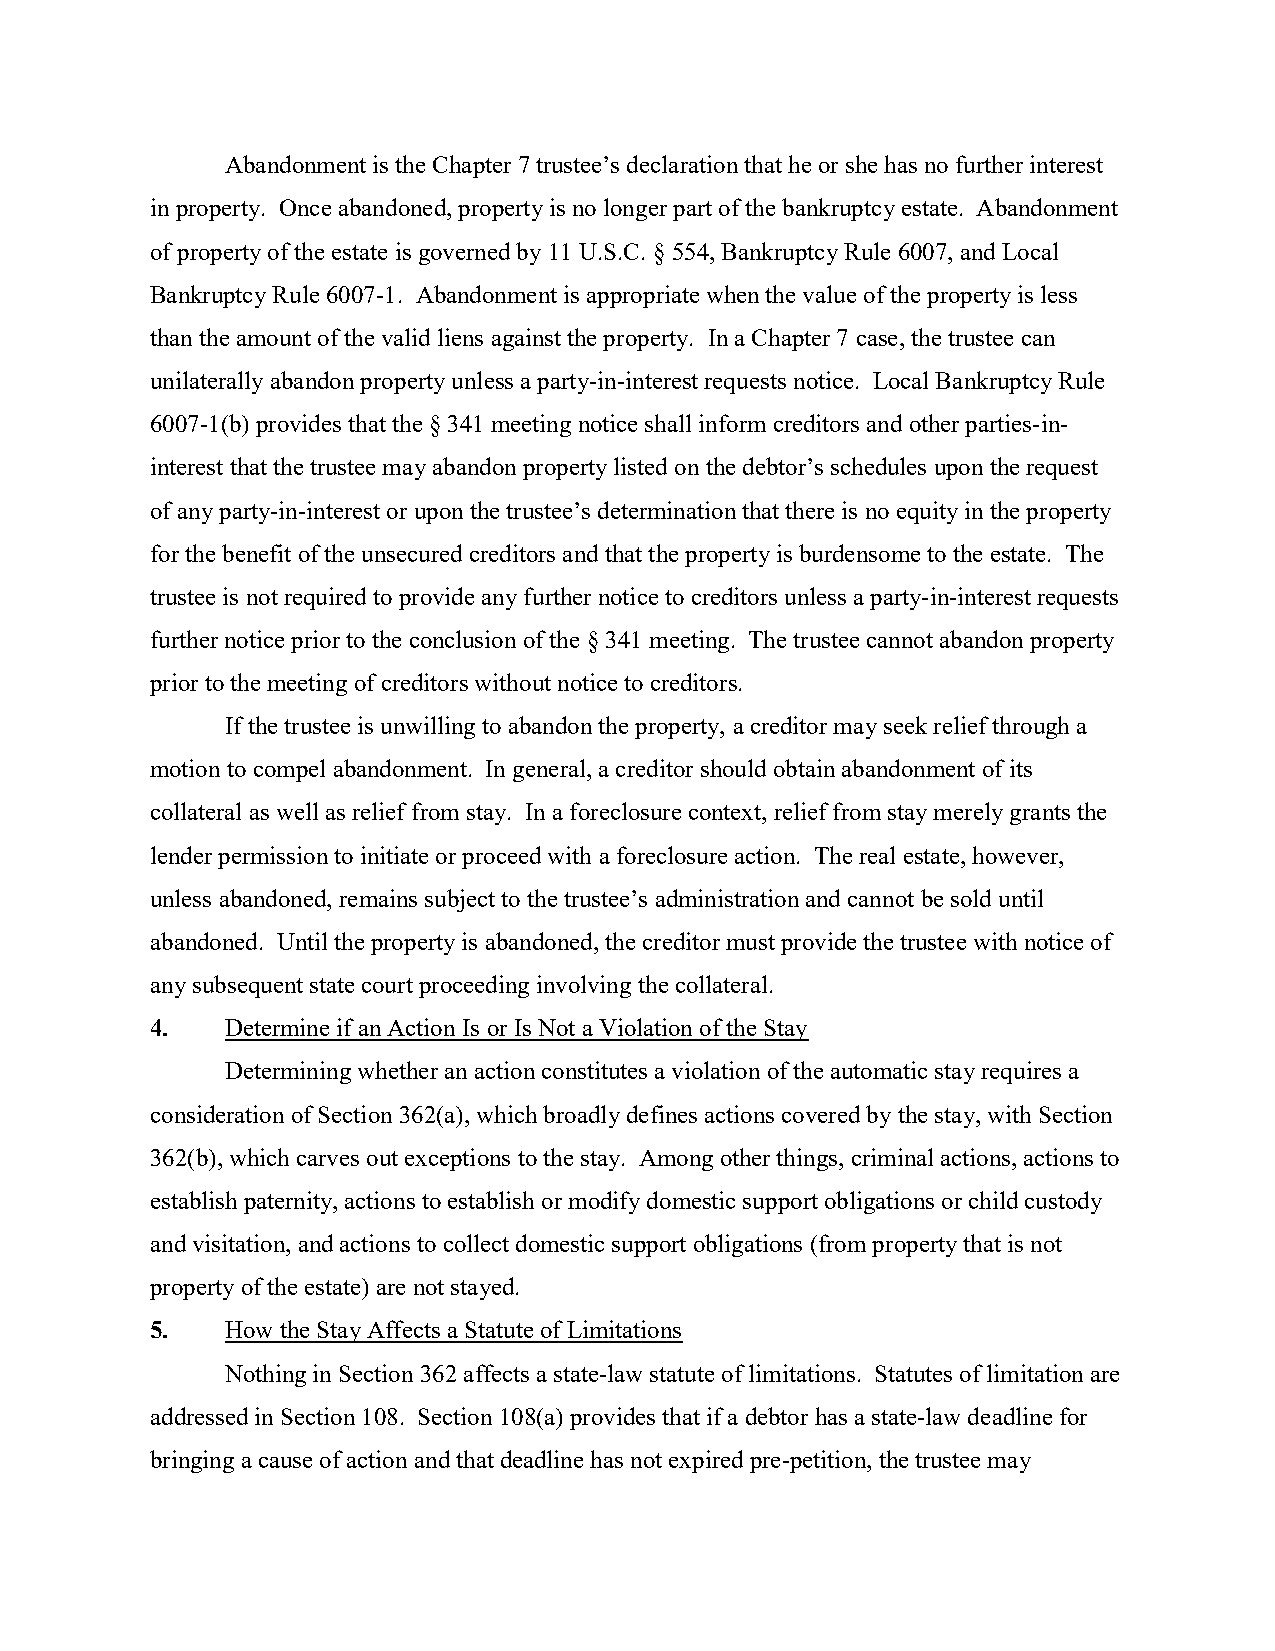
Abandonment is the Chapter 7 trustee’s declaration that he or she has no further interest
 in property. Once abandoned, property is no longer part of the bankruptcy estate. Abandonment
 of property of the estate is governed by 11 U.S.C. § 554, Bankruptcy Rule 6007, and Local
 Bankruptcy Rule 6007-1. Abandonment is appropriate when the value of the property is less
 than the amount of the valid liens against the property. In a Chapter 7 case, the trustee can
 unilaterally abandon property unless a party-in-interest requests notice. Local Bankruptcy Rule
 6007-1(b) provides that the § 341 meeting notice shall inform creditors and other parties-in-
 interest that the trustee may abandon property listed on the debtor’s schedules upon the request
 of any party-in-interest or upon the trustee’s determination that there is no equity in the property
 for the benefit of the unsecured creditors and that the property is burdensome to the estate. The
 trustee is not required to provide any further notice to creditors unless a party-in-interest requests
 further notice prior to the conclusion of the § 341 meeting. The trustee cannot abandon property
 prior to the meeting of creditors without notice to creditors.
 If the trustee is unwilling to abandon the property, a creditor may seek relief through a
 motion to compel abandonment. In general, a creditor should obtain abandonment of its
 collateral as well as relief from stay. In a foreclosure context, relief from stay merely grants the
 lender permission to initiate or proceed with a foreclosure action. The real estate, however,
 unless abandoned, remains subject to the trustee’s administration and cannot be sold until
 abandoned. Until the property is abandoned, the creditor must provide the trustee with notice of
 any subsequent state court proceeding involving the collateral.
 4.   Determine if an Action Is or Is Not a Violation of the Stay
 Determining whether an action constitutes a violation of the automatic stay requires a
 consideration of Section 362(a), which broadly defines actions covered by the stay, with Section
 362(b), which carves out exceptions to the stay. Among other things, criminal actions, actions to
 establish paternity, actions to establish or modify domestic support obligations or child custody
 and visitation, and actions to collect domestic support obligations (from property that is not
 property of the estate) are not stayed.
 5.   How the Stay Affects a Statute of Limitations
 Nothing in Section 362 affects a state-law statute of limitations. Statutes of limitation are
 addressed in Section 108. Section 108(a) provides that if a debtor has a state-law deadline for
 bringing a cause of action and that deadline has not expired pre-petition, the trustee may